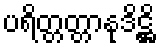
ပရိတ္တတ္တာနုဒိဋ္ဌိ